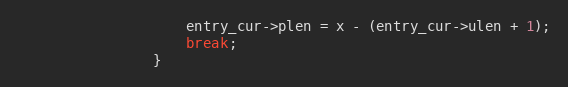
Language: C
                    entry_cur->plen = x - (entry_cur->ulen + 1);
                    break;
                }